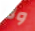
ولا